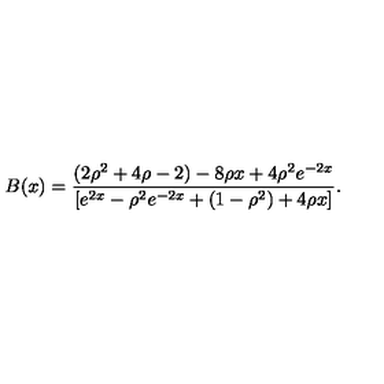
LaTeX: B ( x ) = \frac { ( 2 \rho ^ { 2 } + 4 \rho - 2 ) - 8 \rho x + 4 \rho ^ { 2 } e ^ { - 2 x } } { [ e ^ { 2 x } - \rho ^ { 2 } e ^ { - 2 x } + ( 1 - \rho ^ { 2 } ) + 4 \rho x ] } .